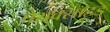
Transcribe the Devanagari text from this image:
पेराक्सॉइड